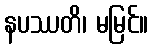
နပဿတိ၊ မမြင်။